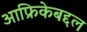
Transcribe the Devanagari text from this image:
आफ्रिकेबद्दल